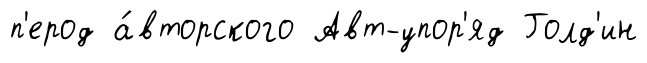
п'ерод а́вторского Авт-упор'яд Голд'ин